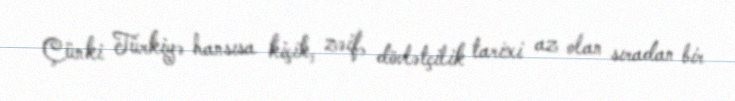
Çünki Türkiyə hansısa kiçik, zəif, dövlətçilik tarixi az olan sıradan bir